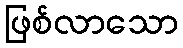
ဖြစ်လာသော